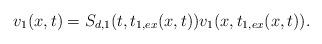
LaTeX: \begin{align*} v_1(x,t)&=S_{d,1}(t,t_{1,ex}(x,t))v_1(x,t_{1,ex}(x,t)).\end{align*}